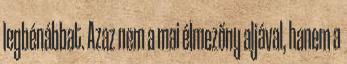
legbénábbat. Azaz nem a mai élmezőny aljával, hanem a